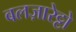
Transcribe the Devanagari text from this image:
बलज़ारेट्टो